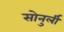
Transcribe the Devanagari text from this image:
सोनुर्ली